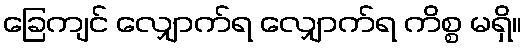
ခြေကျင် လျှောက်ရ လျှောက်ရ ကိစ္စ မရှိ။